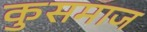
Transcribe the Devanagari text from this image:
कुसमाज